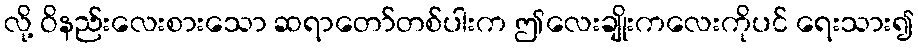
လို့ ဝိနည်းလေးစားသော ဆရာတော်တစ်ပါးက ဤလေးချိုးကလေးကိုပင် ရေးသား၍